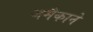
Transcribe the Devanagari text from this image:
जमैकाने